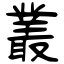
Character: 叢